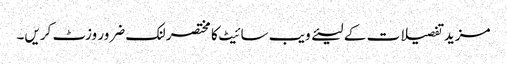
مزید تفصیلات کے لیئے ویب سائیٹ کا مختصر لنک ضرور وزٹ کریں۔